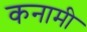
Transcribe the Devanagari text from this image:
कनामी